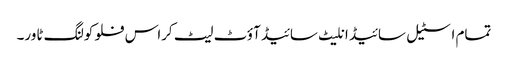
تمام اسٹیل سائیڈ انلیٹ سائیڈ آؤٹ لیٹ کراس فلو کولنگ ٹاور۔